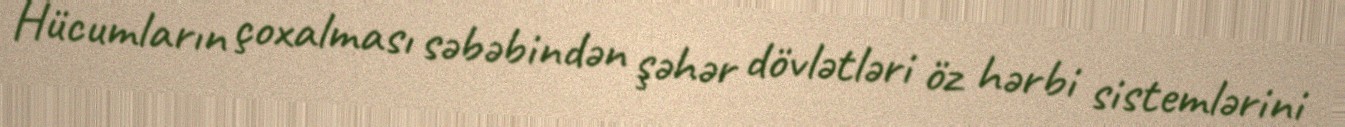
Hücumların çoxalması səbəbindən şəhər dövlətləri öz hərbi sistemlərini